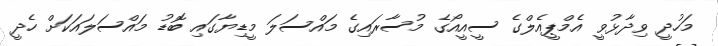
މަހުދީ ވިދާޅުވީ އެމްޕީއެލްގެ ސީއީއޯގެ މުސާރައިގެ މައްސަލަ މީޑިޔާގައި ބޮޑު މައްސަލައަކަށް ހެދީ